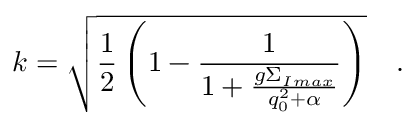
k = \sqrt { \frac { 1 } { 2 } \left( 1 - \frac { 1 } { 1 + \frac { g \Sigma _ { I \, m a x } } { q _ { 0 } ^ { 2 } + \alpha } } \right) } \quad .